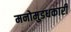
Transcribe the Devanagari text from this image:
मनोमुडधकारी